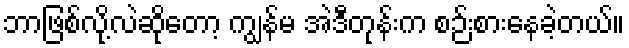
ဘာဖြစ်လို့လဲဆိုတော့ ကျွန်မ အဲဒီတုန်းက စဉ်းစားနေခဲ့တယ်။